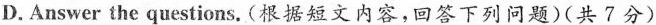
D.Answer the questions. (根据短文内容,回答下列问题)(共7分)